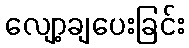
လျော့ချပေးခြင်း